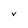
Character: V